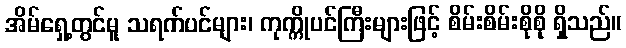
အိမ်ရှေ့တွင်မူ သရက်ပင်များ၊ ကုက္ကိုပင်ကြီးများဖြင့် စိမ်းစိမ်းစိုစို ရှိသည်။